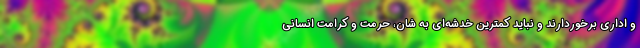
و اداری برخوردارند و نباید کمترین خدشه‌ای به شان، حرمت و کرامت انسانی